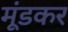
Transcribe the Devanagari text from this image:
मूंडकर